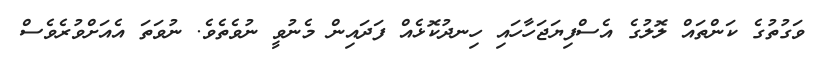
ވަގުތުގެ ކަންތައް ލޮލުގެ އެސްފިޔަޖަހާހައި ހިނދުކޮޅެއް ފަދައިން މެނުވީ ނުވެތެވެ. ނުވަތަ އެއަށްވުރެވެސް